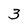
Character: 3